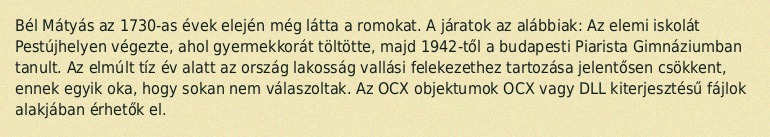
Bél Mátyás az 1730-as évek elején még látta a romokat. A járatok az alábbiak: Az elemi iskolát Pestújhelyen végezte, ahol gyermekkorát töltötte, majd 1942-től a budapesti Piarista Gimnáziumban tanult. Az elmúlt tíz év alatt az ország lakosság vallási felekezethez tartozása jelentősen csökkent, ennek egyik oka, hogy sokan nem válaszoltak. Az OCX objektumok OCX vagy DLL kiterjesztésű fájlok alakjában érhetők el.